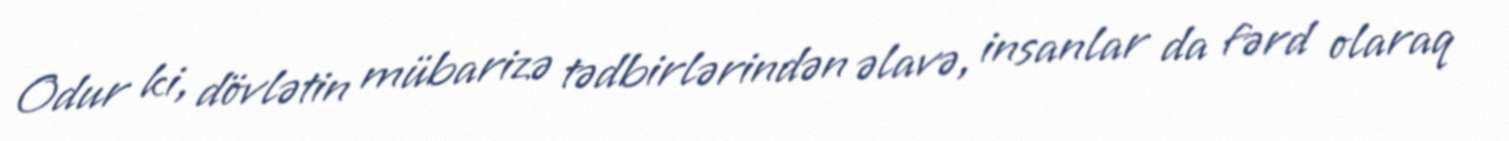
Odur ki, dövlətin mübarizə tədbirlərindən əlavə, insanlar da fərd olaraq